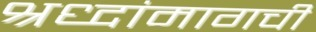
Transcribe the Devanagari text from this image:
श्रध्दांमागची